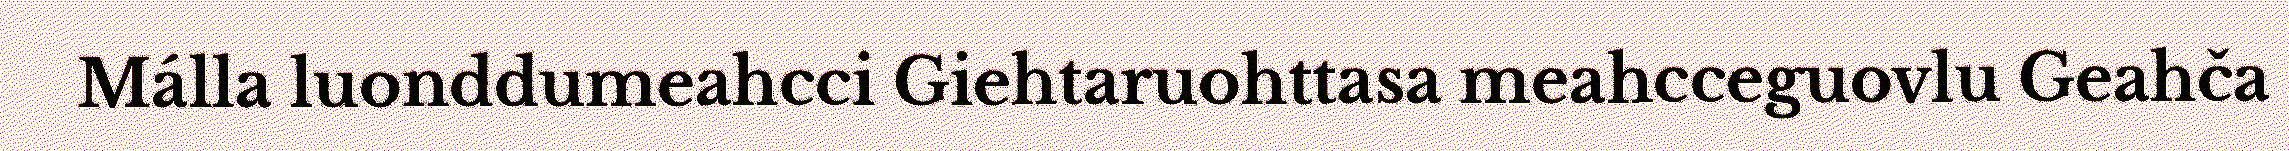
Málla luonddumeahcci Giehtaruohttasa meahcceguovlu Geahča